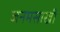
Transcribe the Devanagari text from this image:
जनमसाखी